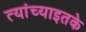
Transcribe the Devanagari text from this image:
त्यांच्याइतके